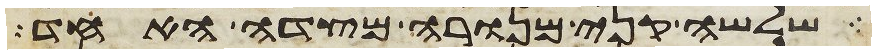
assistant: שלשה קני מנורה מצדה האחד